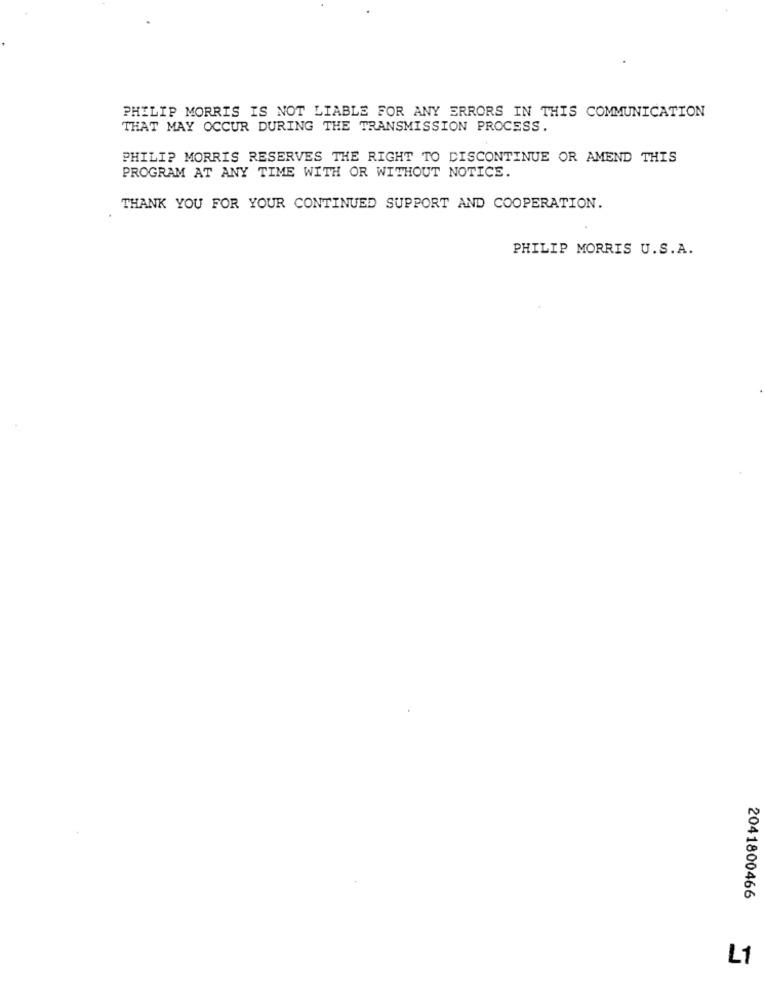
PHILIP MORRIS IS NOT LIABLE FOR ANY ERRORS IN THIS COMMUNICATION
THAT MAY OCCUR DURING THE TRANSMISSION PROCESS.
PHILIP MORRIS RESERVES THE RIGHT TO DISCONTINUE OR AMEND THIS
PROGRAM AT ANY TIME WITH OR WITHOUT NOTICE.
THANK YOU FOR YOUR CONTINUED SUPPORT AND COOPERATION.
PHILIP MORRIS U.S.A.
2041800466
L1